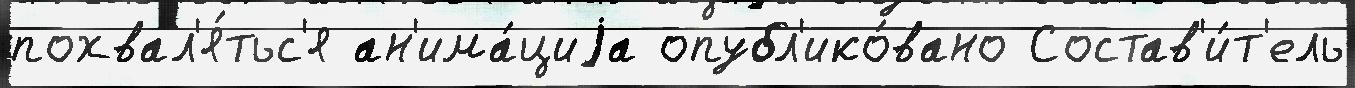
похвал'я́тьс'я ан'има́циjа опубл'ико́вано Состав'и́т'ель